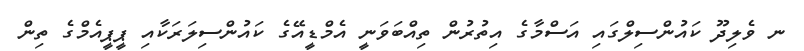
ނ ވެލިދޫ ކައުންސިލްގައި އަސްމާގެ އިތުރުން ތިއްބަވަނީ އެމްޑީއޭގެ ކައުންސިލަރަކާއި ޕީޕީއެމްގެ ތިން